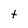
Character: t